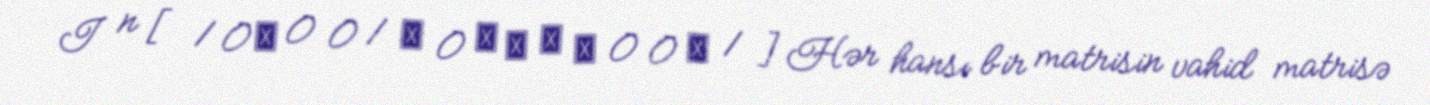
I n [ 1 0 ⋯ 0 0 1 ⋯ 0 ⋯ ⋯ ⋯ ⋯ 0 0 ⋯ 1 ] Hər hansı bir matrisin vahid matrisə